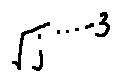
\sqrt { j } ^ { \cdots - 3 }